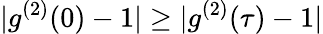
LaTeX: |g^{(2)}(0)-1|\ge|g^{(2)}(\tau)-1|